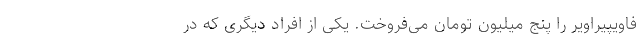
فاویپیراویر را پنج میلیون تومان می‌فروخت. یکی از افراد دیگری که در